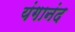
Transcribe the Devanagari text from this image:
यंगानंद